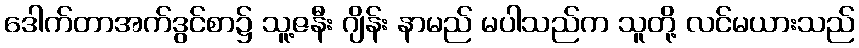
ဒေါက်တာအက်ဒွင်စာ၌ သူ့ဇနီး ဂျိန်း နာမည် မပါသည်က သူတို့ လင်မယားသည်